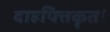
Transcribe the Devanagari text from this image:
दाहपित्तकृत।